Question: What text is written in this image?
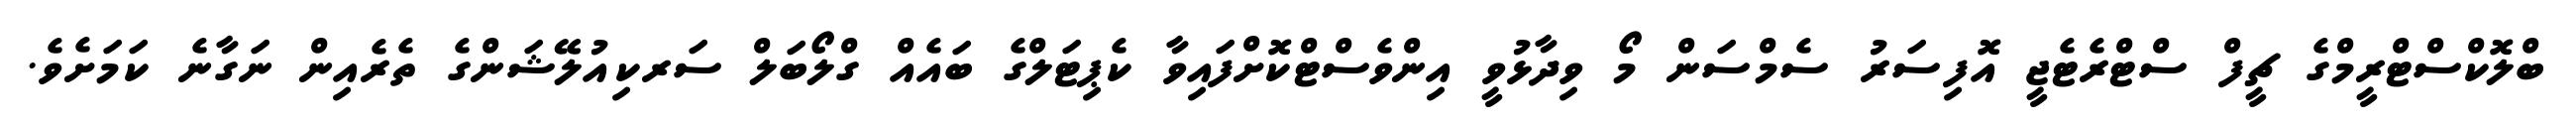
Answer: ބްލޮކްސްޓްރީމްގެ ޗީފް ސްޓްރެޓެޖީ އޮފިސަރު ސެމްސަން މޯ ވިދާޅުވީ އިންވެސްޓްކޮށްފައިވާ ކެޕިޓަލްގެ ބައެއް ގްލޯބަލް ސަރކިއުލޭޝަންގެ ތެރެއިން ނަގާނެ ކަމަށެވެ.